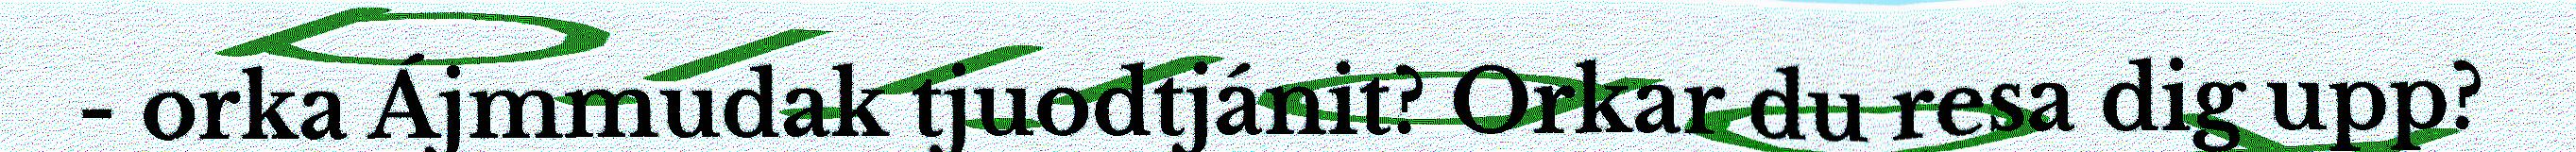
- orka Ájmmudak tjuodtjánit? Orkar du resa dig upp?